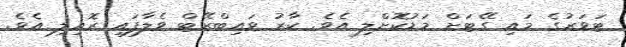
ޓަވަރުގެ މައި ގޭޓަށް މަޑުކޮށްލި އެވެ. ކާރު ވައިބްރޭޓް ވެލާފައި ރޮއިލި އެވެ.